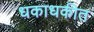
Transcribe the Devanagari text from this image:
धकाधकीत